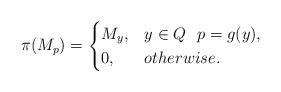
LaTeX: \begin{align*} \pi(M_{p})=\begin{cases}M_{y},&y\in Q\ \ p=g(y),\\0,&otherwise.\end{cases}\end{align*}